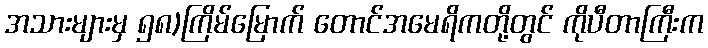
အသားများမှ ၅၈)ကြိမ်မြောက် တောင်အမေရိကတို့တွင် ကိုပီတာကြီးက